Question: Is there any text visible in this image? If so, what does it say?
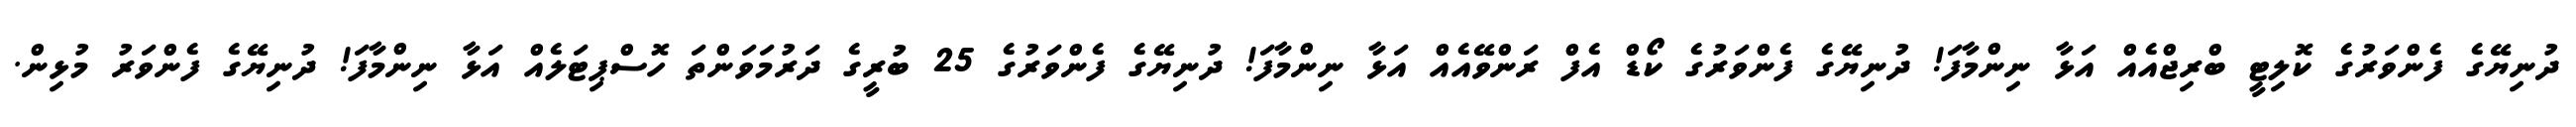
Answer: ދުނިޔޭގެ ފެންވަރުގެ ކޮލިޓީ ބްރިޖްއެއް އަޅާ ނިންމާފަ! ދުނިޔޭގެ ފެންވަރުގެ ކޯޑް އެފް ރަންވޭއެއް އަޅާ ނިންމާފަ! ދުނިޔޭގެ ފެންވަރުގެ 25 ބުރީގެ ދަރުމަވަންތަ ހޮސްޕިޓަލެއް އަޅާ ނިންމާފަ! ދުނިޔޭގެ ފެންވަރު މުޅިން.